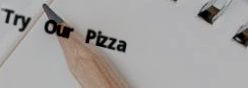
Try Our Pizza